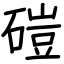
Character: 磑